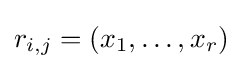
r_{i,j}=(x_{1},\dots ,x_{r})